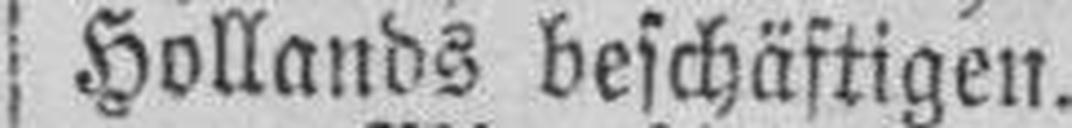
Hollands beschäftigen.